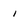
Character: i